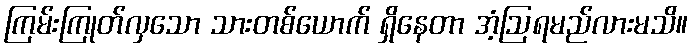
ကြမ်းကြုတ်လှသော သားတစ်ယောက် ရှိနေတာ အံ့ဩရမည်လားမသိ။